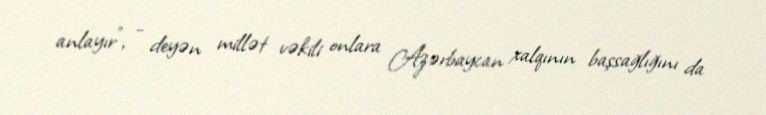
anlayır”, - deyən millət vəkili onlara Azərbaycan xalqının başsağlığını da